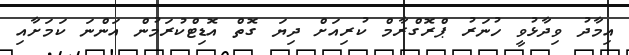
އިމާދު ވިދާޅުވީ ހުނަރު ޕްރޮގްރާމް ކުރިއަށް ދިޔަ ގޮތް އޮޑިޓްކުރަމުން އަންނަ ކަމަށާއި